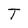
Character: T